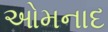
ઓમનાદ